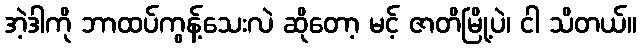
အဲ့ဒါကို ဘာထပ်ကွန့်သေးလဲ ဆိုတော့ မင့် ဇာတိမြို့ပဲ၊ ငါ သိတယ်။